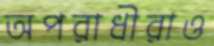
অপরাধীরাও